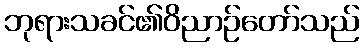
ဘုရားသခင်၏ဝိညာဉ်တော်သည်